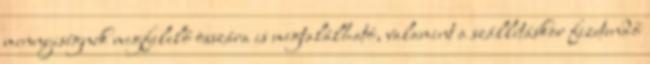
mennyiségnek megfelelő összára is megtalálható, valamint a szállításkor fizetendő